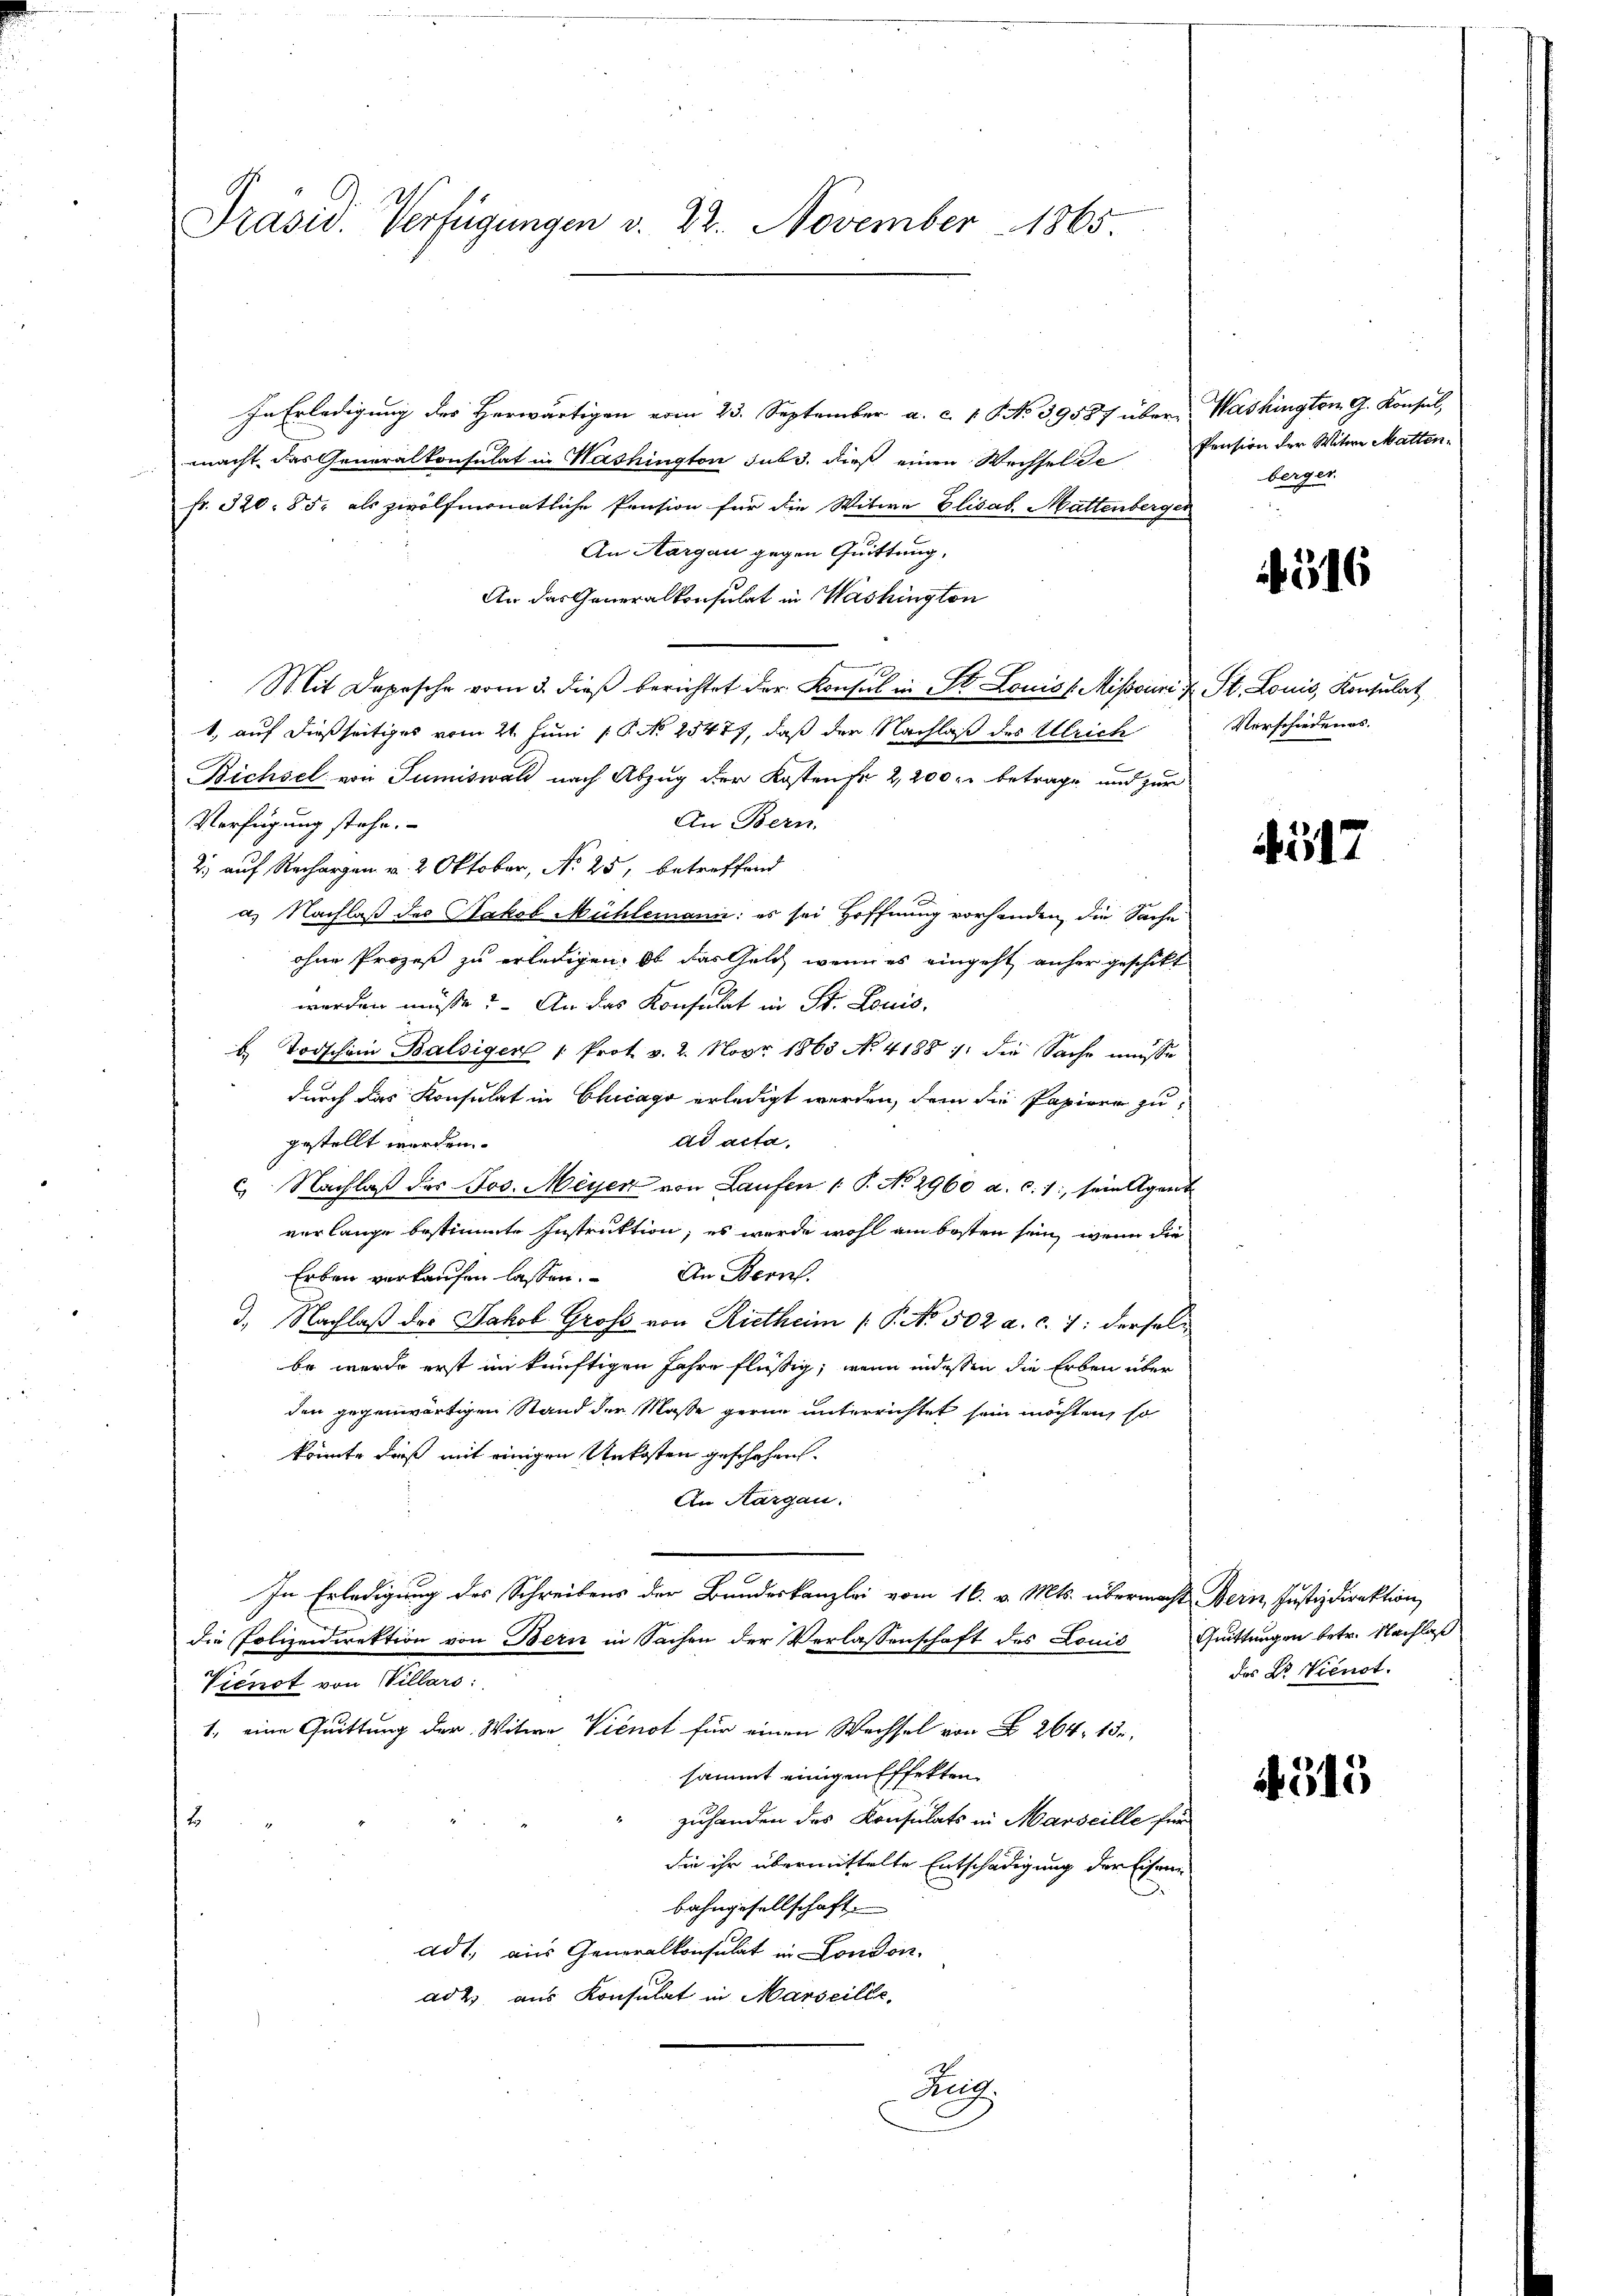
Präsid. Verfügungen v. 22. November 1865

In Erledigung des Herwärtigen vom 23. September a. c. 1 S. No 39587 über-
macht, das Generalkonsulat in Washington sub 3. dieß einen Wechsel de
fr. 320. 85, als zwölfmonatliche Pension für die Witwe Elisab. Mattenberger
An Aargau gegen Quittung,
An das Generalkonsulat in Washington
Mit Depesche vom 3. dieß berichtet der Konsul in St. Louis (Mihsouri u St. Louis, Konsulat
1, auf dießseitiges vom 21. Juni 1 P. No 25477, daß der Nachlaß des Ulrich
Bichsel von Sumiswald nach Abzug der Kosten fr 2,200 r. betrage, und zur
Verfügung stehe.
An Bern.
2) auf Rechargen v. 2 Oktober, No 25, betreffend
a. Nachlaß des Kakel Mühlemann: es sei Hoffnung vorhanden, die Sache
ohne Prozeß zu erledigen: Ob das Geld, wenn es eingeht anher geschikt
werden müße? An das Konsulat in St. Louis,
b Todschein Balsigen 1 Prot. v. 2. Novr 1863 No 41881 die Sache müsse
durch das Konsulat in Chicago erledigt werden, dem die Papiere zuad acta,
gestellt werden.
c. Nachlaβ des Jos. Meyer von Laufen /: P. No 2960 a. c. 1: sein Agent
verlange bestimmte Instruktion, es wurde wohl am besten sein, wenn die
Erben verkaufen lassen. An Bern.
3. Nachlaß der Jakob Groß von Rietheim ( P. No. 502 a. c. 7: derselbe werde erst im künftigen Jahre flüßig, wenn indessen die Erben über
den gegenwärtigen Stand der Masse gerne unterrichtet sein möchten, so
konnte dieß mit einigen Unkosten geschehen.
An Aargau.
In Erledigung des Schreibens der Bundeskanzlei vom 16. v. Mts. übermacht Bern, Justizdirektion
die Polizeidirektion von Bern in Sachen der Verlassenschaft des Louis Quittungen betr. Nachlaß
Vicnot von Villars:
1., eine Quittung der Witwe Vicnot für einen Wechsel von § 264, 15.
sammt einigen Effekten
zuhanden des Konsulats in Marseille für
e
die ihr übermittelte Entschädigung der Eisen
bahngesellschaft.
adt, aus Generalkonsulat in London.
ad 2. aus Konsulat in Marseille
Heig

Washington G. Konsul,
Pension der Witwe Matten.
berger.

4516

Verschiedenes.

4517

das Dr. Vienst.

4315